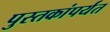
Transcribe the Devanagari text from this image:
पुस्तकांपर्यंत